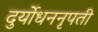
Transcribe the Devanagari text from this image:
दुर्योधननृपती